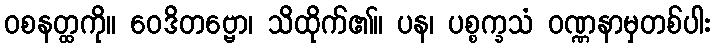
ဝစနတ္ထကို။ ဝေဒိတဗ္ဗော၊ သိထိုက်၏။ ပန၊ ပစ္စက္ခသံ ဝဏ္ဏနာမှတစ်ပါး